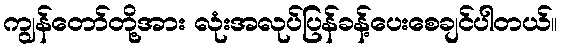
ကျွန်တော်တို့အား လုံးအလုပ်ပြန်ခန့်ပေးစေချင်ပါတယ်။